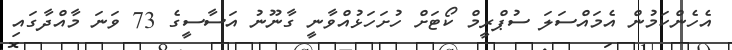
އެހެންކަމުން އެމައްސަލަ ސުޕްރީމް ކޯޓަށް ހުށަހަޅުއްވާނީ ގާނޫނު އަސާސީގެ 73 ވަނަ މާއްދާގައި